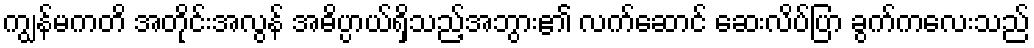
ကျွန်မကတိ အတိုင်းအလွန် အဓိပ္ပာယ်ရှိသည့်အဘွား၏ လက်ဆောင် ဆေးလိပ်ပြာ ခွက်ကလေးသည်